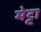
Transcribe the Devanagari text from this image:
मेट्टा